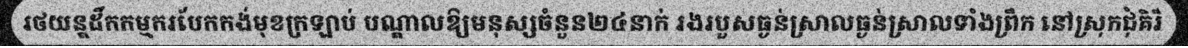
រថយន្តដឹកកម្មករបែកកង់មុខក្រឡាប់ បណ្តាលឱ្យមនុស្សចំនួន២៤នាក់ រងរបួសធ្ងន់ស្រាលធ្ងន់ស្រាលទាំងព្រឹក នៅស្រុកជុំគិរី